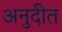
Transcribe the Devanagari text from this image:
अनुदीत